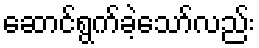
ဆောင်ရွက်ခဲ့သော်လည်း